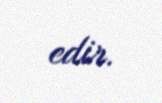
edir.